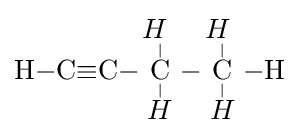
{\mathrm {H} {-}\mathrm {C} {\equiv }\mathrm {C} }{-}{\overset {\displaystyle {H}~ \atop |}{\underset {| \atop \displaystyle {H}}{\mathrm {C} }}}{-}{\overset {\displaystyle {H}~ \atop |}{\underset {| \atop \displaystyle {H}}{\mathrm {C} }}}{{-}\mathrm {H} }